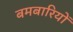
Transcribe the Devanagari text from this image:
बमबारियों